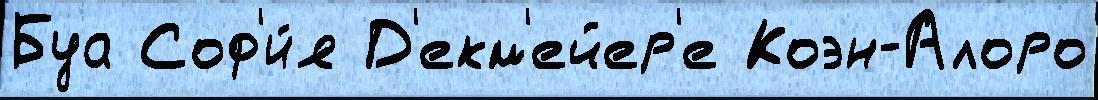
Буа Соф'и́я Д'екм'ейер'е Коэн-Алоро